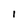
Character: 1